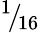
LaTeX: ^1\! /\! _{16}